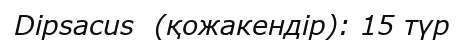
Dipsacus  (қожакендір): 15 түр